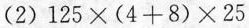
(2)$$1 2 5 \times ( 4 + 8 ) \times 2 5$$